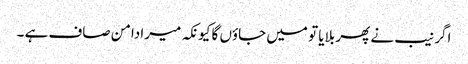
اگر نیب نے پھر بلایا تو میں جاؤں گا کیونکہ میرا دامن صاف ہے ۔